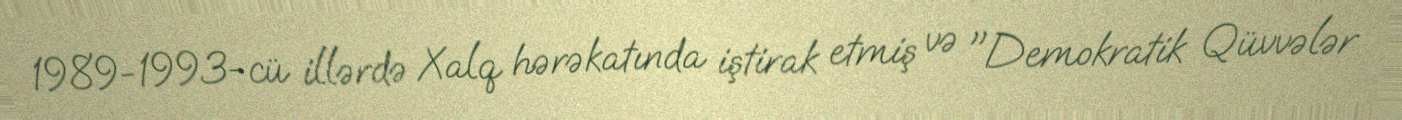
1989-1993-cü illərdə Xalq hərəkatında iştirak etmiş və "Demokratik Qüvvələr